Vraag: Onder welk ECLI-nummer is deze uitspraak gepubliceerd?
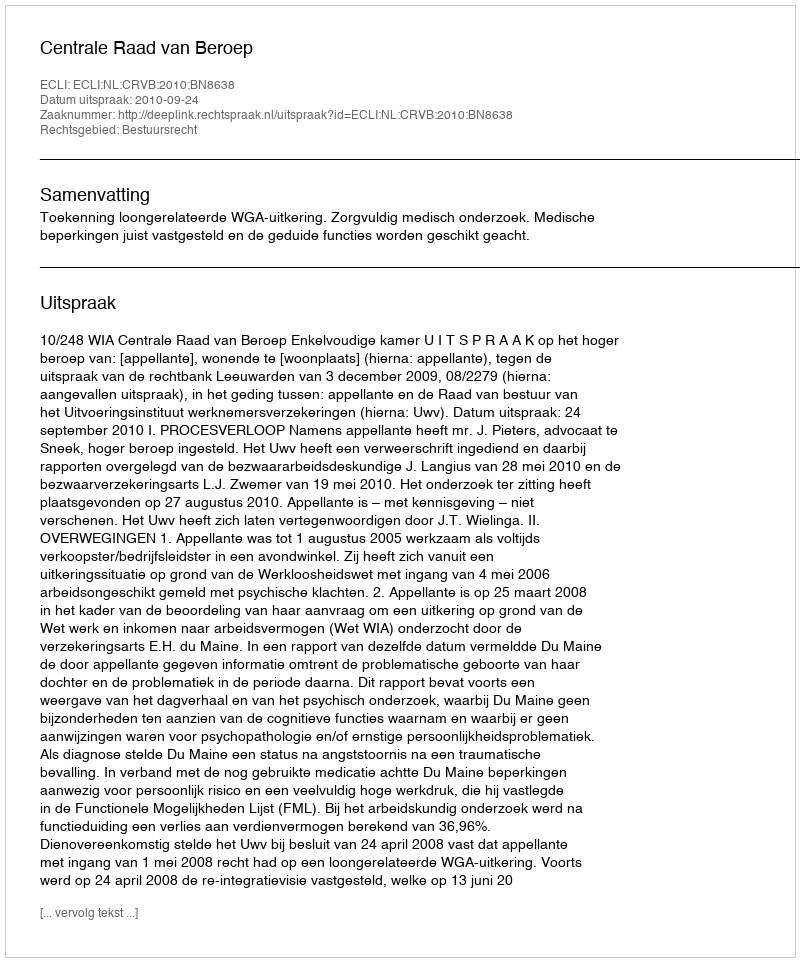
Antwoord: ECLI:NL:CRVB:2010:BN8638